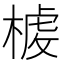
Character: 𣖳